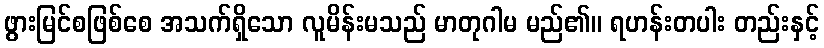
ဖွားမြင်စဖြစ်စေ အသက်ရှိသော လူမိန်းမသည် မာတုဂါမ မည်၏။ ရဟန်းတပါး တည်းနှင့်